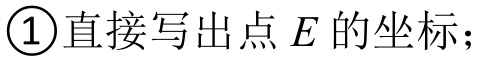
\textcircled{1}直接写出点\(E\)的坐标；